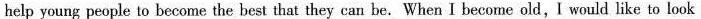
help young people to become the best that they can be. When I become old,I would like to look